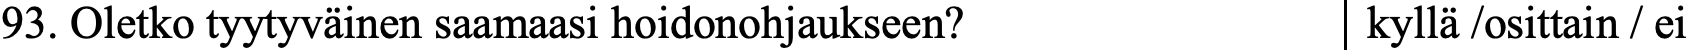
93. Oletko tyytyväinen saamaasi hoidonohjaukseen? kyllä /osittain / ei